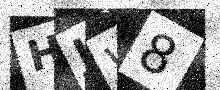
Text: HJW8